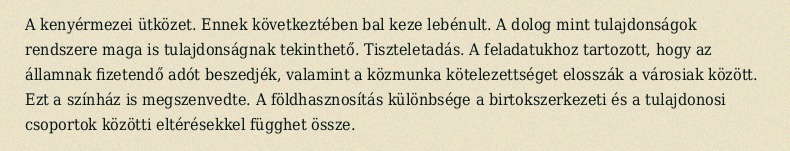
A kenyérmezei ütközet. Ennek következtében bal keze lebénult. A dolog mint tulajdonságok rendszere maga is tulajdonságnak tekinthető. Tiszteletadás. A feladatukhoz tartozott, hogy az államnak fizetendő adót beszedjék, valamint a közmunka kötelezettséget elosszák a városiak között. Ezt a színház is megszenvedte. A földhasznosítás különbsége a birtokszerkezeti és a tulajdonosi csoportok közötti eltérésekkel függhet össze.